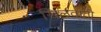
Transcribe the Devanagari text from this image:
खिलवाती